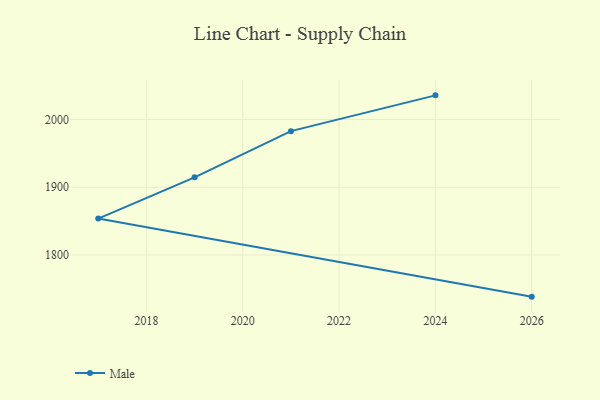
{"axis": {"x": "Year", "y": "Backlog"}, "legend": ["Male"], "data": [{"x": "2024", "y": 2035.6, "type": "Male"}, {"x": "2021", "y": 1982.8, "type": "Male"}, {"x": "2019", "y": 1914.6, "type": "Male"}, {"x": "2017", "y": 1853.8, "type": "Male"}, {"x": "2026", "y": 1738.6, "type": "Male"}]}